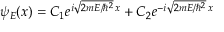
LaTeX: \psi _ { E } ( x ) = C _ { 1 } e ^ { i { \sqrt { 2 m E / \hbar ^ { 2 } } } \, x } + C _ { 2 } e ^ { - i { \sqrt { 2 m E / \hbar ^ { 2 } } } \, x }